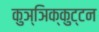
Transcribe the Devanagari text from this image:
कुञ्ञिक्कुट्टन